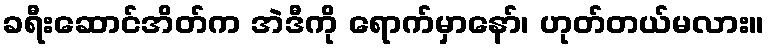
ခရီးဆောင်အိတ်က အဲဒီကို ရောက်မှာနော်၊ ဟုတ်တယ်မလား။